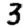
Digit: 3